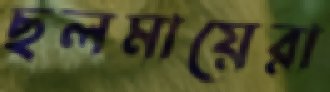
ছলমায়েরা